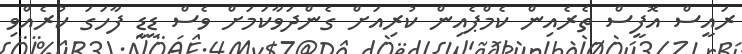
ރައީސް އޮފީސް ތެރެއިން ކެމްޕެއިން ކުރިއަށް ގެންދަވާކަމަށް ވެސް ޑީޑީ ފާހަގަ ކުރެއްވި